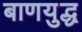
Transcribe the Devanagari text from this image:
बाणयुद्ध